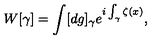
W [ \gamma ] = \int [ d g ] _ { \gamma } e ^ { i \int _ { \gamma } \zeta ( x ) } ,